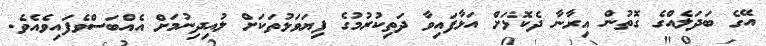
އޭގެ ބަދަލެއްގެ ގޮތުން އިރާނާ ދެކޮޅަށް އަޅާފައިވާ ދަތިކުރުމުގެ ފިޔަވަޅުތަކަށް ލުއިދިނުމަށް އެއްބަސްވެފައިވެއެވެ.